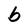
Character: b